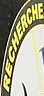
RECHERCHE